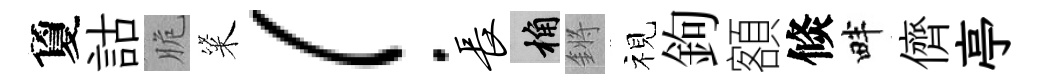
夐詁脆粢！长桷鏘视鉤額倐畔儕亭